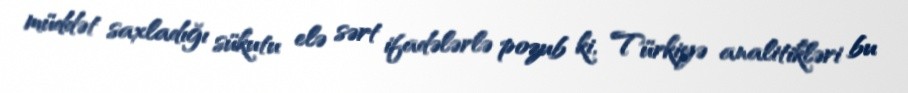
müddət saxladığı sükutu elə sərt ifadələrlə pozub ki, Türkiyə analitikləri bu